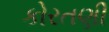
કોરતણી